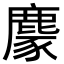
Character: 𪋁